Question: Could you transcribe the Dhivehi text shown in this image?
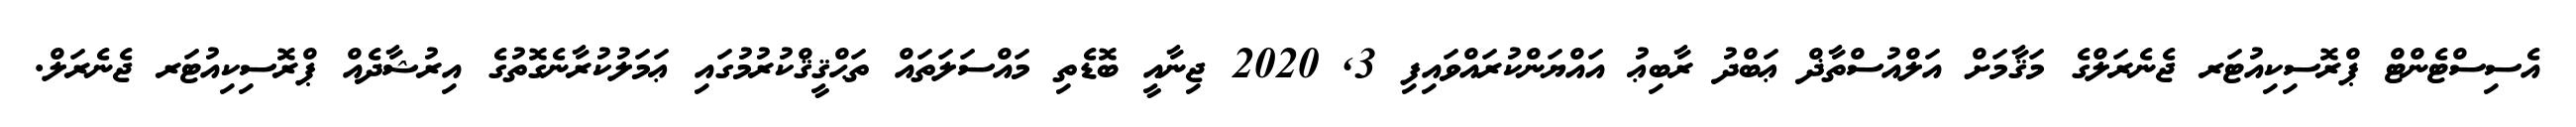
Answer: އެސިސްޓެންޓް ޕްރޮސިކިއުޓަރ ޖެނެރަލްގެ މަޤާމަށް އަލްއުސްތާޛް ޢަބްދު ރާބިޢު އައްޔަންކުރައްވައިފި 3, 2020 ޖިނާއީ ބޮޑެތި މައްސަލަތައް ތަޙްޤީޤްކުރުމުގައި ޢަމަލުކުރާނެގޮތުގެ އިރުޝާދެއް ޕްރޮސިކިއުޓަރ ޖެނެރަލް.